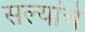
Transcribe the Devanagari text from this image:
सल्यांचे